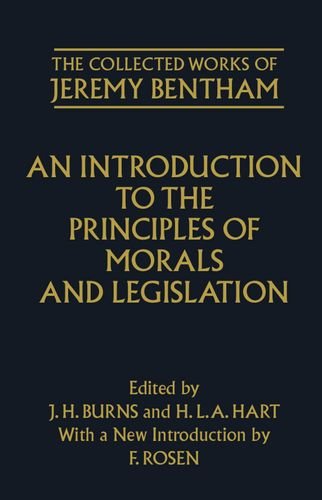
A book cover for An Introduction to the Principles of Morals and Legislation (The Collected Works of Jeremy Bentham); Jeremy Bentham; Law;